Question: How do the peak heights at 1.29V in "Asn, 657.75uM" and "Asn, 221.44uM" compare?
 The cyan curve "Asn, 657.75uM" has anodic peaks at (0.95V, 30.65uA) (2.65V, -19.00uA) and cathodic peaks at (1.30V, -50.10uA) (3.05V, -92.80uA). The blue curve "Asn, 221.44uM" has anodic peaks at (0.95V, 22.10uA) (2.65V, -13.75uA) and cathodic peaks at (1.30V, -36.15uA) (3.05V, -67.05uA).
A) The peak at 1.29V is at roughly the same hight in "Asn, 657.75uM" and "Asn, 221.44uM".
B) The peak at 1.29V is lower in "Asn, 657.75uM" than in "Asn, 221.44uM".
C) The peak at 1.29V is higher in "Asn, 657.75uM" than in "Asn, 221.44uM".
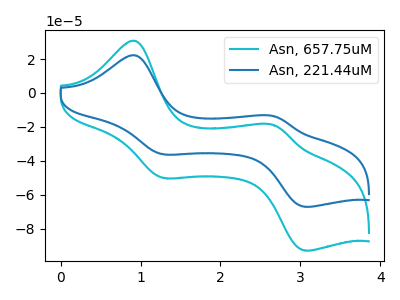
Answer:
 <answer>C) The peak at 1.29V is higher in "Asn, 657.75uM" than in "Asn, 221.44uM".</answer>
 <eval>C</eval>